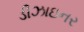
ડીઝાઇનર